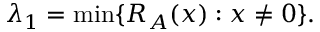
\lambda _ { 1 } = \operatorname* { m i n } \{ R _ { A } ( x ) : x \neq 0 \} .